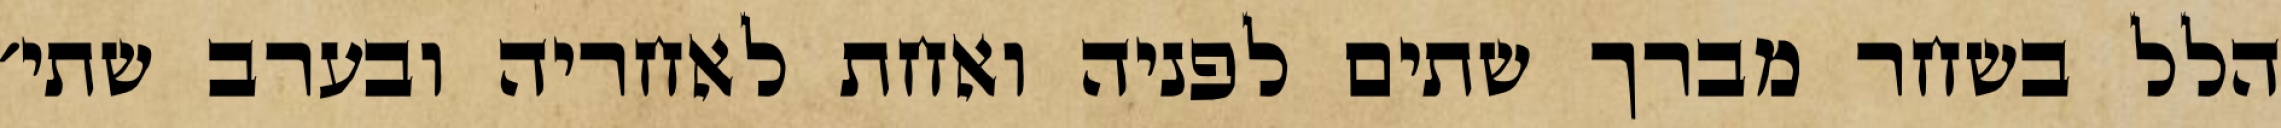
הלל בשחר מברך שתים לפניה ואחת לאחריה ובערב שתי׳